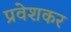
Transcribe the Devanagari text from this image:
प्रवेशकर